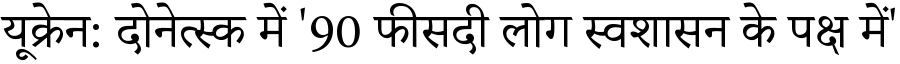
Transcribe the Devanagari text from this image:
यूक्रेन: दोनेत्स्क में '90 फीसदी लोग स्वशासन के पक्ष में'